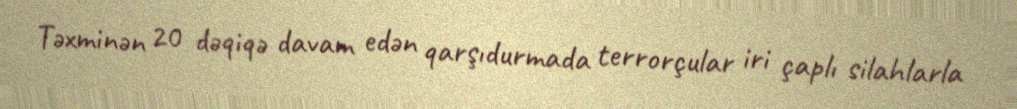
Təxminən 20 dəqiqə davam edən qarşıdurmada terrorçular iri çaplı silahlarla